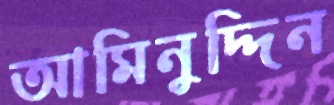
আমিনুদ্দিন